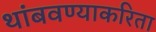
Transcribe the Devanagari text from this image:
थांबवण्याकरिता